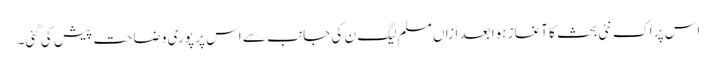
اس پر اک نئی بحث کا آغاز ہوا بعد ازاں مسلم لیگ ن کی جانب سے اس پر پوری وضاحت پیش کی گئی۔